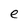
Character: e